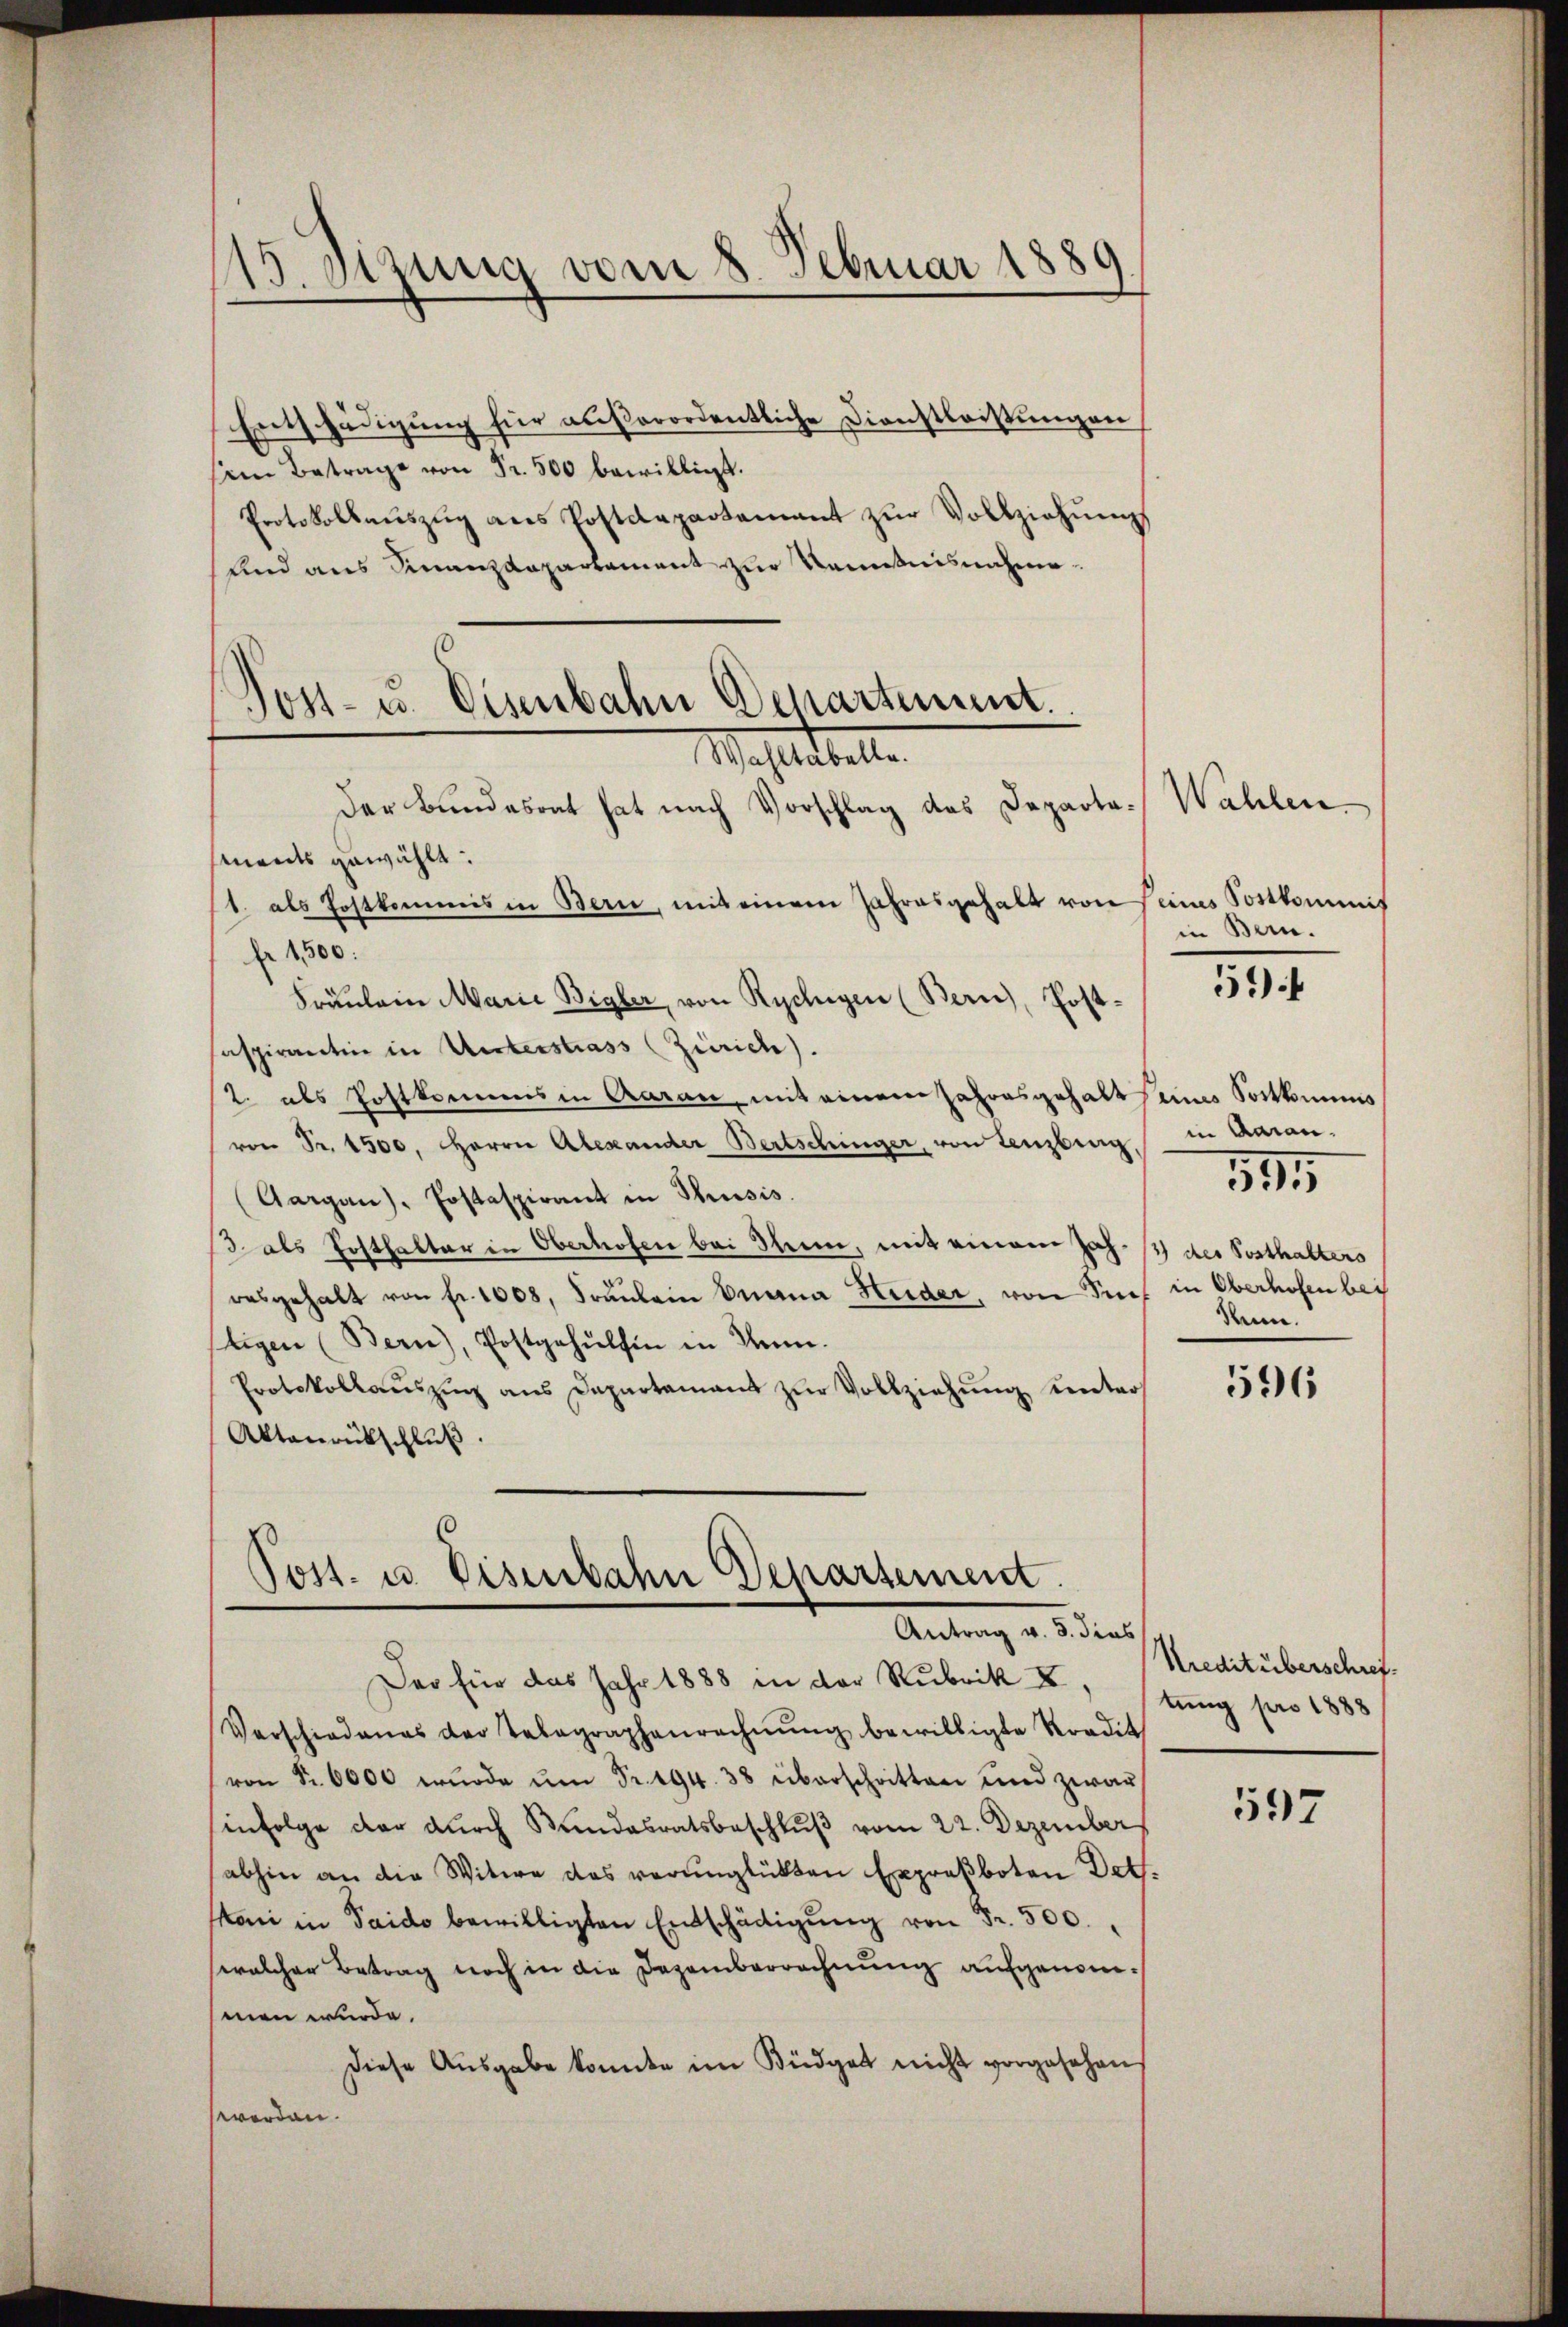
Entschädigung für außerordentliche Dienstleistungen
sm Betrage von Fr. 500 bewilligt.
Protokollaŭszŭg ans Postdepartamant zŭr Vollziehŭng
und aus Finanzdepartement zur Kenntnisnahme.

)
v. Szung vom 8. Februar 1889

Post- u. Eisenbahn Departement.
Maststelle

Der Bundesrat hat nach Vorschlag das Departaments gewählt:
1. als Postkommis in Bern, mit einem Jahresgehalt von seines Postkommis
fr 1,500:
Fräŭlein Marie Bigler, von Rycligen (Bern), Post-
saspirantin in Unterstrass (Zürich).
2. als Postkomms in Aarau, mit einem Jahresgehaltsames Sortkommis
von Fr. 1500. Herrn Alexander Bertschinger, von Lenzberg in daran.
(Aargau), Postaspirant in Thusis.
3 als Posthalter in Oberhofen bei Thun, mit einem Joh. 3) des Posthalters
resgehalt von fr. 1008, Fräulein Emana Heider, von Sie in Oberhofen bei
Eigen (Bern), Postgehülfen in Anm.
Protokollaŭszŭg ans Departement zŭr Vollziehŭng unters
Aktenrückschluß.

Post. u. Eisenbahn Deparsement.
Antrag v. 3. dies

Der Eine das Jahr 1888 in der Rubrik II.
Verschiedenes der Telegraphenrechnŭng bewilligte Kredit
von Fr. 6000 wŭrde ŭm Fr. 494. 38 überschritten und zwar
infolge der durch Kundesratsbeschlŭβ vom 22. Dezember
abhin an die Witwe das verunglükten Exproßboten Det.
Stoni in Saido bewilligten Entschädigŭng von Fr. 500.
welcher Betrag noch in die Dezemberrechnung aufgenommen wurde.
Diese Aŭsgabe konnte im Büdget nicht vorgesehen,
worden.

Wahlen
in Bern.

54

Senne.

381

596

Kredit überschriftung pro 1888

597